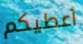
أعطيكم